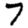
Digit: 7